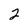
Character: 2